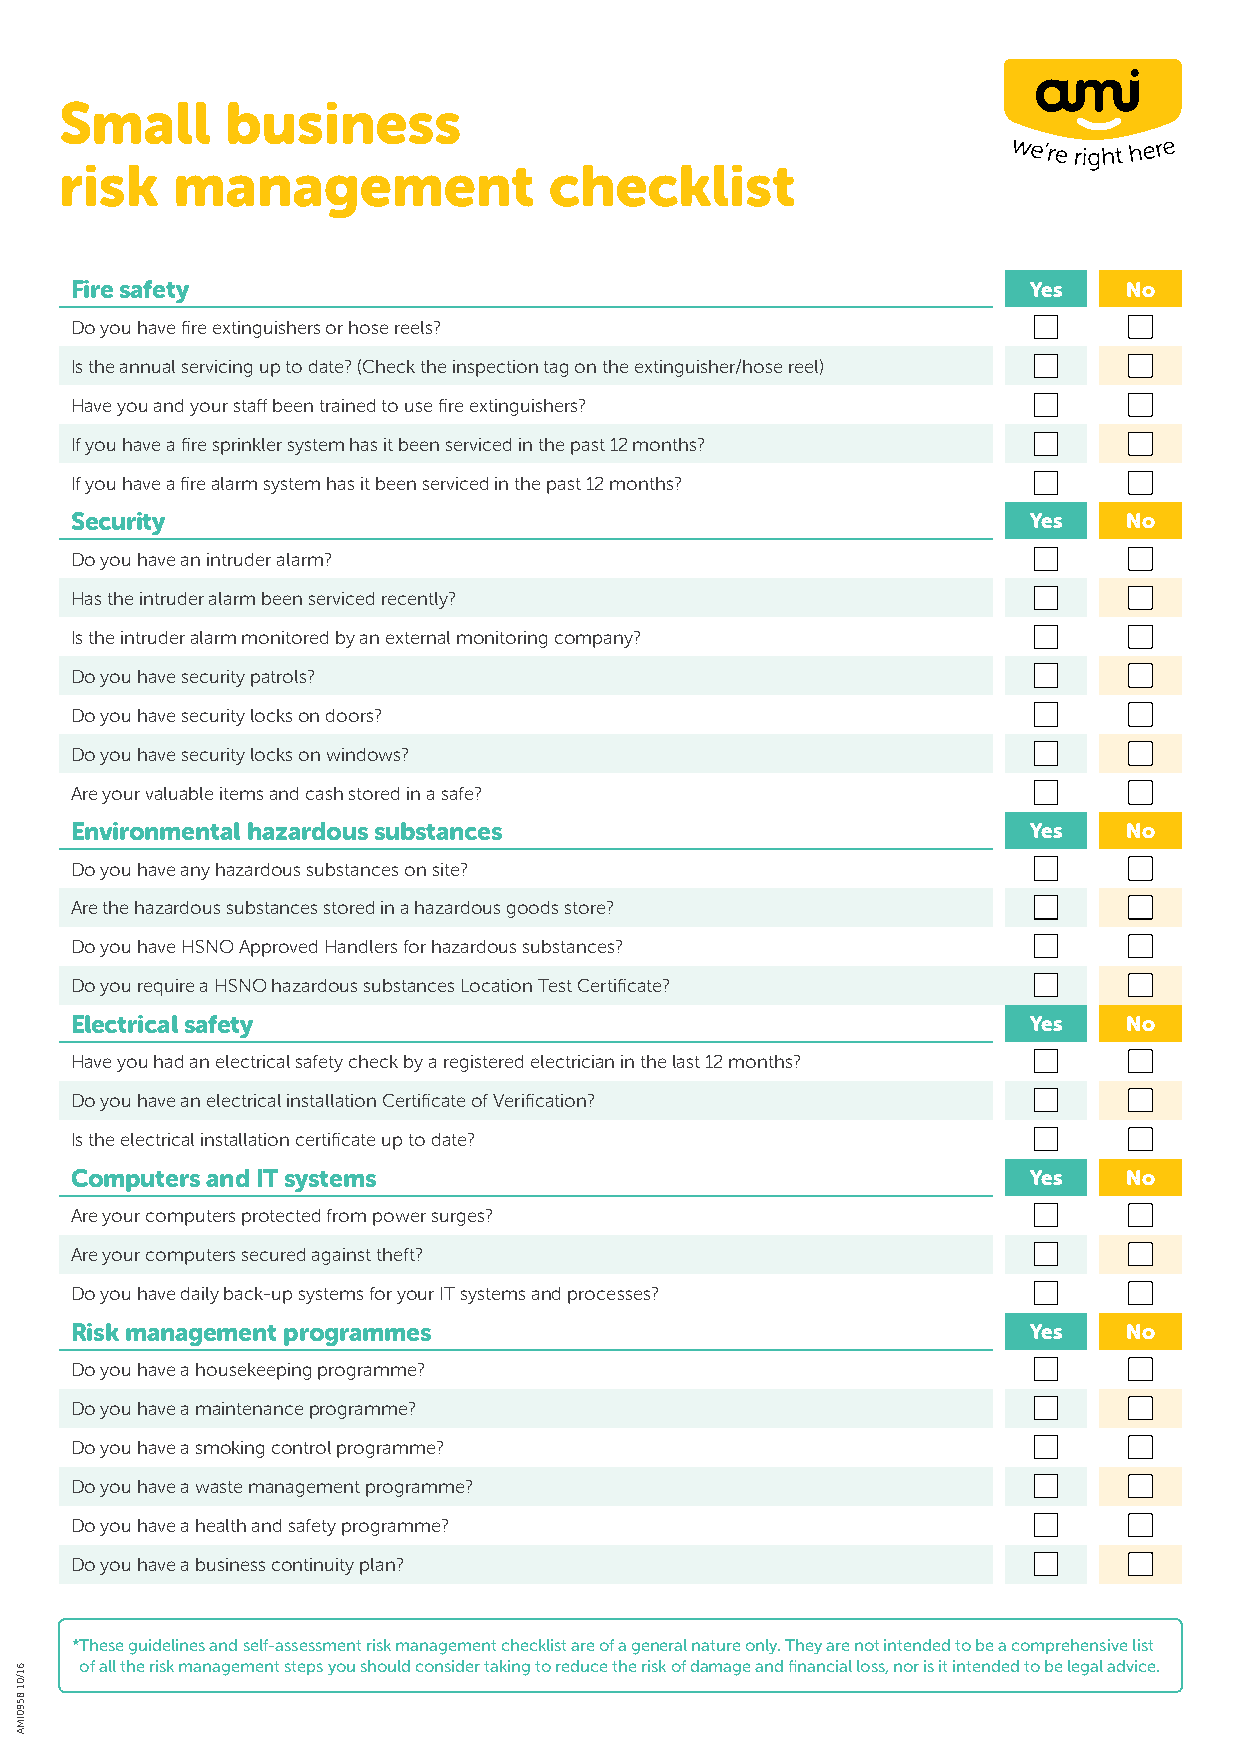
Small      business
 risk   management               checklist
 Fire safety                                                    Yes    No
 Do you have fire extinguishers or hose reels?
 Is the annual servicing up to date? (Check the inspection tag on the extinguisher/hose reel)
 Have you and your staff been trained to use fire extinguishers?
 If you have a fire sprinkler system has it been serviced in the past 12 months?
 If you have a fire alarm system has it been serviced in the past 12 months?
 Security                                                       Yes    No
 Do you have an intruder alarm?
 Has the intruder alarm been serviced recently?
 Is the intruder alarm monitored by an external monitoring company?
 Do you have security patrols?
 Do you have security locks on doors?
 Do you have security locks on windows?
 Are your valuable items and cash stored in a safe?
 Environmental hazardous substances                             Yes    No
 Do you have any hazardous substances on site?
 Are the hazardous substances stored in a hazardous goods store?
 Do you have HSNO Approved Handlers for hazardous substances?
 Do you require a HSNO hazardous substances Location Test Certificate?
 Electrical safety                                              Yes    No
 Have you had an electrical safety check by a registered electrician in the last 12 months?
 Do you have an electrical installation Certificate of Verification?
 Is the electrical installation certificate up to date?
 Computers and IT systems                                       Yes    No
 Are your computers protected from power surges?
 Are your computers secured against theft?
 Do you have daily back-up systems for your IT systems and processes?
 Risk management programmes                                     Yes    No
 Do you have a housekeeping programme?
 Do you have a maintenance programme?
 Do you have a smoking control programme?
 Do you have a waste management programme?
 Do you have a health and safety programme?
 Do you have a business continuity plan?
 * These guidelines and self-assessment risk management checklist are of a general nature only. They are not intended to be a comprehensive list
 of all the risk management steps you should consider taking to reduce the risk of damage and financial loss, nor is it intended to be legal advice. 61/01
 8590IMA